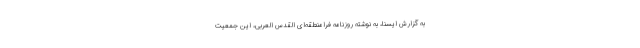
به گزارش ایسنا، به نوشته روزنامه فرامنطقه‌ای القدس العربی، این جمعیت